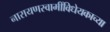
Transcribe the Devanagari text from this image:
नारायणस्वामींविधेयकाच्या